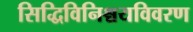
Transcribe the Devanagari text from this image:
सिद्धिविनिश्चयविवरण